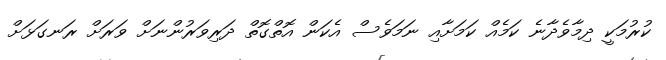
ކުރުމަކީ ދިމާވެދާނެ ކަމެއް ކަމަށާއި ނަމަވެސް އެކަން އޮތްގޮތް ދަރިވަރުންނަށް ވަރަށް ރަނގަޅަށް